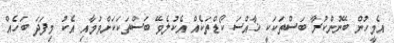
އެމީހުން ބޭނުންކުރާ ބަސްތަކަކީ ޚާއްސަ ކޯޑްތަކެއް އެކުލެވޭ ބަސްތަކަކަށްވުމާއި އެކު މިފަދަ ބަހެއް